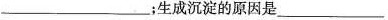
___；生成沉淀的原因是___